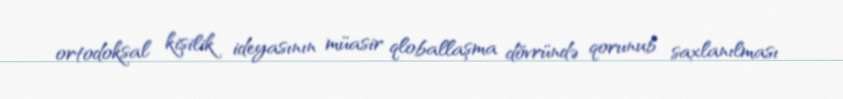
ortodoksal kişilik ideyasının müasir qloballaşma dövründə qorunub saxlanılması